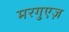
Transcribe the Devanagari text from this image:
मरगुएज़